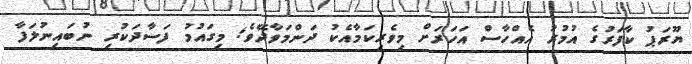
ޔޫރަޕު ކާފަރުގެ އުމުރު އެއްހާސް އަހަރަށް މިވެރިކަމާއެކު ދަންމަވާދޭވެ; މިގައުމު ފަސާދަކުރި ނުބައިނުލަފާ